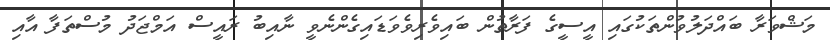
މަޝްވަރާ ބައްދަލުވުންތަކުގައި އީސީގެ ފަރާތުން ބައިވެރިވެވަޑައިގެންނެވީ ނާއިބު ރައީސް އަމްޖަދު މުސްތަފާ އާއި